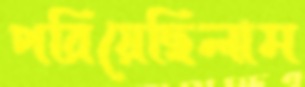
পরিয়েছিলাম